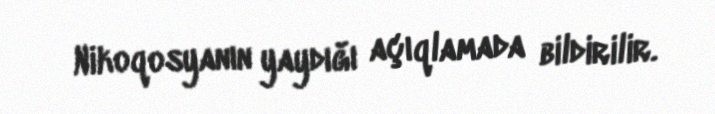
Nikoqosyanın yaydığı açıqlamada bildirilir.